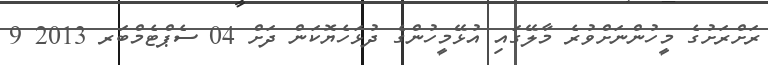
ރަށްރަށުގެ މީހުންނަށްވުރެ މާލޭގައި އުޅޭމީހުންގެ ދުޅަހެޔޮކަން ދަށް 04 ސެޕްޓެމްބަރ 2013 9